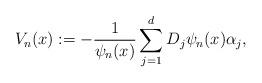
LaTeX: \begin{align*}V_n(x):=-\frac{1}{\psi_n(x)}\sum_{j=1}^dD_j\psi_n(x)\alpha_j,\end{align*}